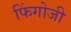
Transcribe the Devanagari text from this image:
फिंगोजी